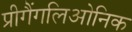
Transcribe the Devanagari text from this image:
प्रीगैंगलिओनिक